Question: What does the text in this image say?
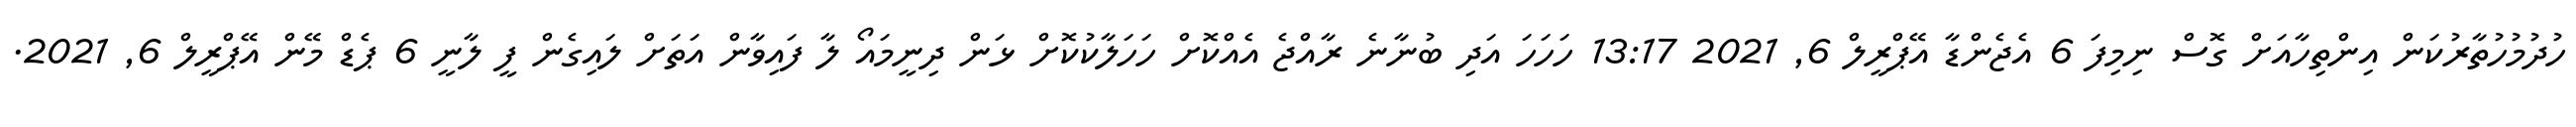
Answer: ހުދުމުހުތާރުކަން އިންތިހާއަށް ގޮސް ނިމިފަ 6 އެޖެންޑާ އޭޕްރީލް 6, 2021 13:17 ހަހަހަ އަދި ބުނާނެ ރާއްޖެ އެއްކޮށް ހަހަލާކުކޮށް ޅަން ދިނީމައޯ ލާ ފައިވާން އަތަށް ލައިގެން ފީ ލާނީ 6 ޕެޑް މޭން އޭޕްރީލް 6, 2021.